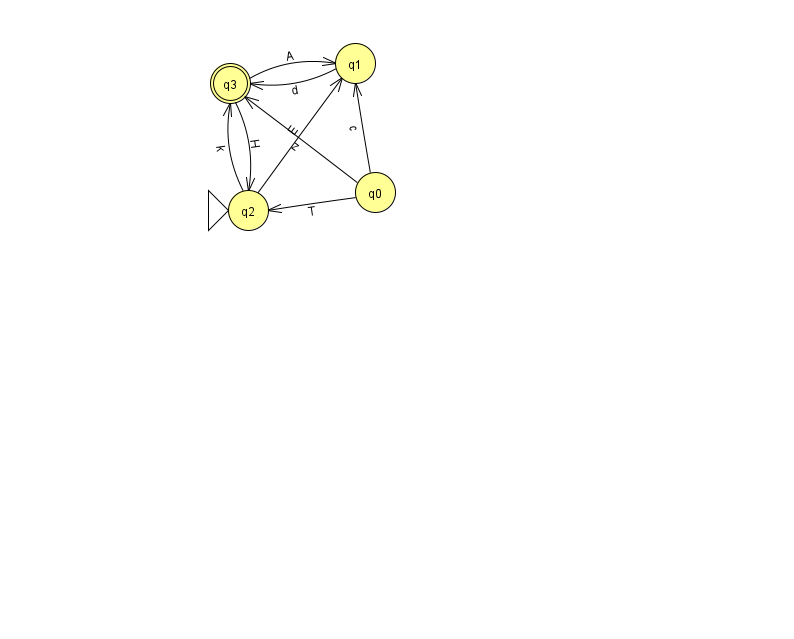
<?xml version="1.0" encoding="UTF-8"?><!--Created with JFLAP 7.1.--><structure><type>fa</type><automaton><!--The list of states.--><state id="0" name="q0"><x>375.0</x><y>179.0</y></state><state id="1" name="q1"><x>355.0</x><y>50.0</y></state><state id="2" name="q2"><x>248.0</x><y>197.0</y><initial/></state><state id="3" name="q3"><x>230.0</x><y>70.0</y><final/></state><!--The list of transitions.--><transition><from>1</from><to>3</to><read>d</read></transition><transition><from>0</from><to>1</to><read>c</read></transition><transition><from>0</from><to>2</to><read>T</read></transition><transition><from>2</from><to>1</to><read>E</read></transition><transition><from>3</from><to>1</to><read>A</read></transition><transition><from>3</from><to>2</to><read>H</read></transition><transition><from>0</from><to>3</to><read>z</read></transition><transition><from>2</from><to>3</to><read>k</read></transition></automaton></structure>